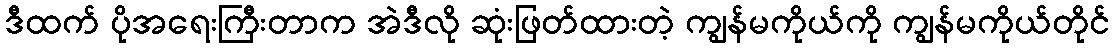
ဒီထက် ပိုအရေးကြီးတာက အဲဒီလို ဆုံးဖြတ်ထားတဲ့ ကျွန်မကိုယ်ကို ကျွန်မကိုယ်တိုင်